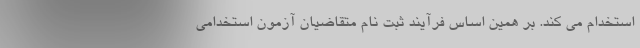
استخدام می کند. بر همین اساس فرآیند ثبت نام متقاضیان آزمون استخدامی